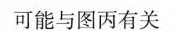
可能与图丙有关